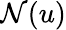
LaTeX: \mathcal{N}(u)